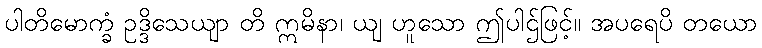
ပါတိမောက္ခံ ဥဒ္ဒိသေယျာ တိ ဣမိနာ၊ ယျ ဟူသော ဤပါဌ်ဖြင့်။ အပရေပိ တယော